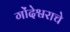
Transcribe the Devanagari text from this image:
गोंदेश्वराचे